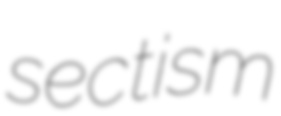
sectism